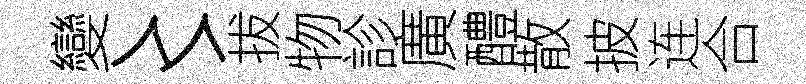
變〻拔物診廣醴散披连合